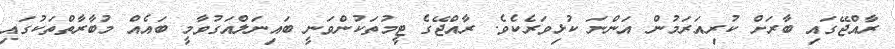
ރާއްޖޭގައި ބާރަށް ކުރިއަރަމުން އަންނަ ކުޅިވަރެކެވެ. ރާއްޖޭގެ ޓީމުތަކުންވަނީ ބައިނަލްއަގުވާމީ ބައެއް މުބާރާތްތަކުގައި